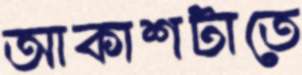
আকাশটাতে